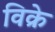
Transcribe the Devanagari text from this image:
विक्रे